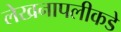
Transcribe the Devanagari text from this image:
लेखनापलीकडे